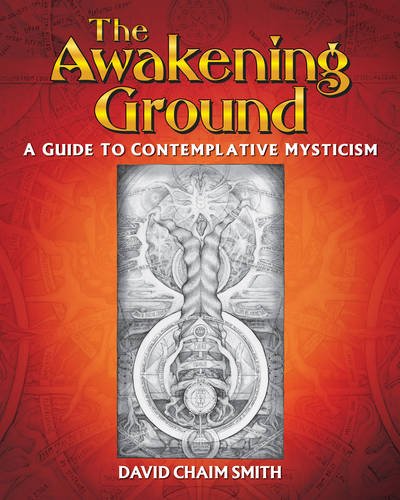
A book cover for The Awakening Ground: A Guide to Contemplative Mysticism; David Chaim Smith; Religion & Spirituality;